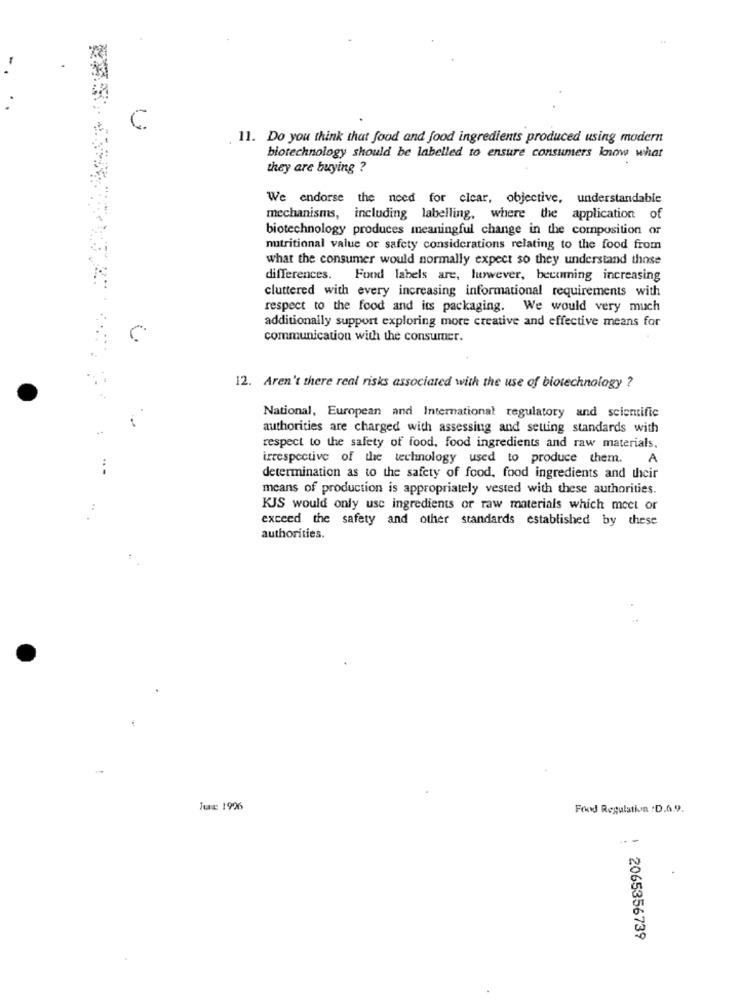
11. Do you think that food and food ingredients produced using modern
biotechnology should be labelled to ensure consumers know what
they are buying ?
We endorse the need for clear, objective, understandable
mechanisms, including labelling, where the application of
biotechnology produces meaningful change in the composition or
nutritional value or safety considerations relating to the food from
what the consumer would normally expect so they understand those
differences. Fond labels are, lurwever, becoming increasing
cluttered with every increasing informational requirements with
respect to the food and its packaging. We would very much
additionally support exploring more creative and effective means for
communication with the consumer.
12. Aren't there real risks associated with the use of biotechnology ?
National, European and International regulatory and scientific
authorities are charged with assessing and seuing standards with
respect to the safety of food, food ingredients and raw materials.
irrespective of the technology used to produce them.
A
determination as to the safety of food, food ingredients and their
means of production is appropriately vested with these authorities.
KJS would only use ingredients or raw materials which meet or
exceed the safety and other standards established by these
authorities.
Jux 1996
Food Regulation : D.6.9.
: 2065356739